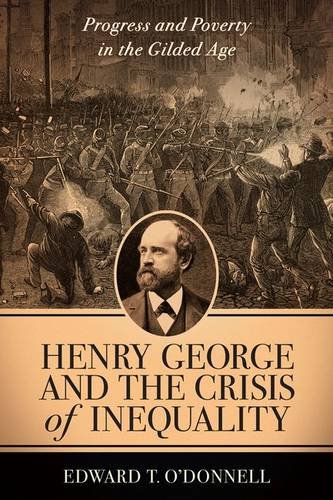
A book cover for Henry George and the Crisis of Inequality: Progress and Poverty in the Gilded Age (Columbia History of Urban Life); Edward T. O'Donnell; Business & Money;